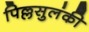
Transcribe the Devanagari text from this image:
पिल्लसुलंकी